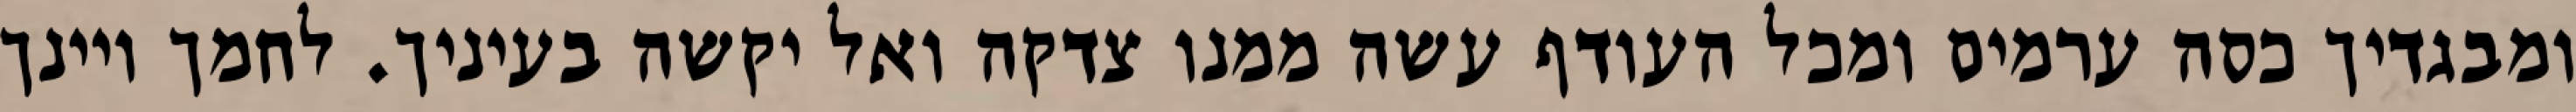
ומבגדיך כסה ערמים ומכל העודף עשה ממנו צדקה ואל יקשה בעיניך. לחמך ויינך